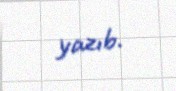
yazıb.